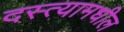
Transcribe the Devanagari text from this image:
दस्त्यामधील